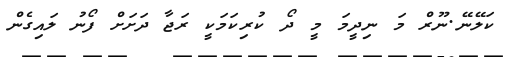
ކަލޭނޭ.ނޫރް މަ ނިދީމަ މީ ދޯ ކުރިކަމަކީ ރަޖާ ދަށަށް ފޯނު ލައިގެން